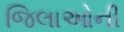
જિલાઓની